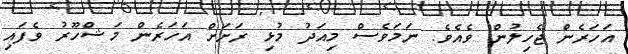
އަހަރެން ޖެހިލުން ވެއެވެ. ނަމަވެސް މިއަދު މުޅި ރަށަށް އަހަރެން މަޝްހޫރު ވެފައި